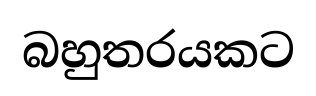
බහුතරයකට